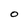
Character: O